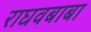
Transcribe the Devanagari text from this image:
राघवबाबा